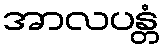
အာလပန္တံ